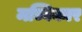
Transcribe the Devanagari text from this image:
मच्विकार